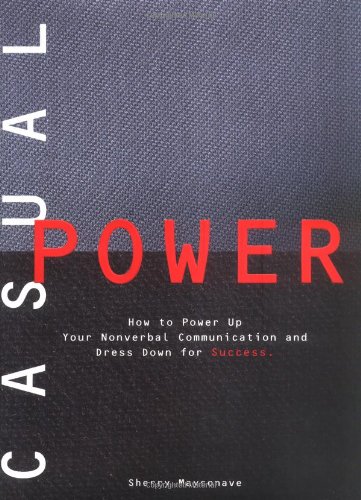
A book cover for Casual Power:: How to Power Up Your Nonverbal Communication & Dress Down for Success; Sherry Maysonave; Health, Fitness & Dieting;